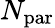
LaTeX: N_{\mathrm{par}}